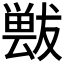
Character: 𱮤